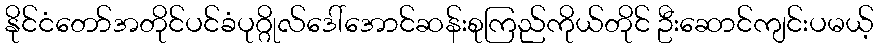
နိုင်ငံတော်အတိုင်ပင်ခံပုဂ္ဂိုလ်ဒေါ်အောင်ဆန်းစုကြည်ကိုယ်တိုင် ဦးဆောင်ကျင်းပမယ့်